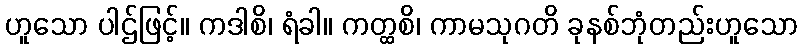
ဟူသော ပါဌ်ဖြင့်။ ကဒါစိ၊ ရံခါ။ ကတ္ထစိ၊ ကာမသုဂတိ ခုနစ်ဘုံတည်းဟူသော